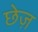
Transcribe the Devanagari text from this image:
छेज़